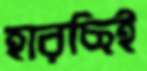
হারছিই